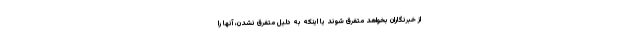
از خبرنگاران بخواهد متفرق شوند یا اینکه به دلیل متفرق نشدن، آنها را